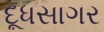
દૂધસાગર